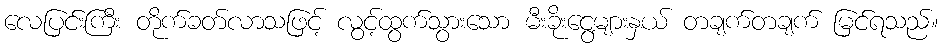
လေပြင်းကြီး တိုက်ခတ်လာသဖြင့် လွင့်ထွက်သွားသော မီးခိုးငွေ့များနှယ် တချက်တချက် မြင်ရသည်။